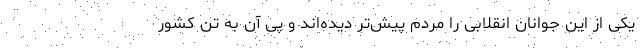
یکی از این جوانان انقلابی را مردم پیش‌تر دیده‌اند و پی آن به تن کشور